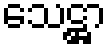
သေဋ္ဌာ